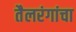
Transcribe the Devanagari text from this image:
तैलरंगांचा